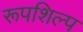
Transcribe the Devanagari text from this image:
रूपशिल्प